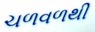
ચળવળથી